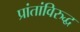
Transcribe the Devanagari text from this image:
प्रांतांविरुद्ध